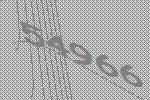
54966